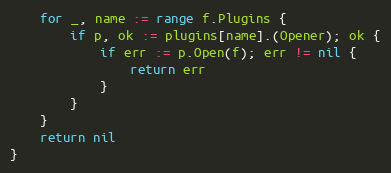
Language: Go
	for _, name := range f.Plugins {
		if p, ok := plugins[name].(Opener); ok {
			if err := p.Open(f); err != nil {
				return err
			}
		}
	}
	return nil
}